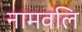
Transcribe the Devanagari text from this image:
नामवलि